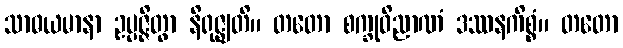
သာဓယမာနာ ဥပ္ပဇ္ဇိတွာ နိရုဇ္ဈတိ။ တတော စက္ခုဝိညာဏံ ဒဿနကိစ္စံ။ တတော